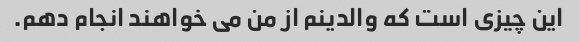
این چیزی است که والدینم از من می خواهند انجام دهم.